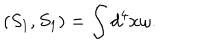
\left( S _ { 1 } , S _ { 1 } \right) = \int d ^ { 4 } x \omega .